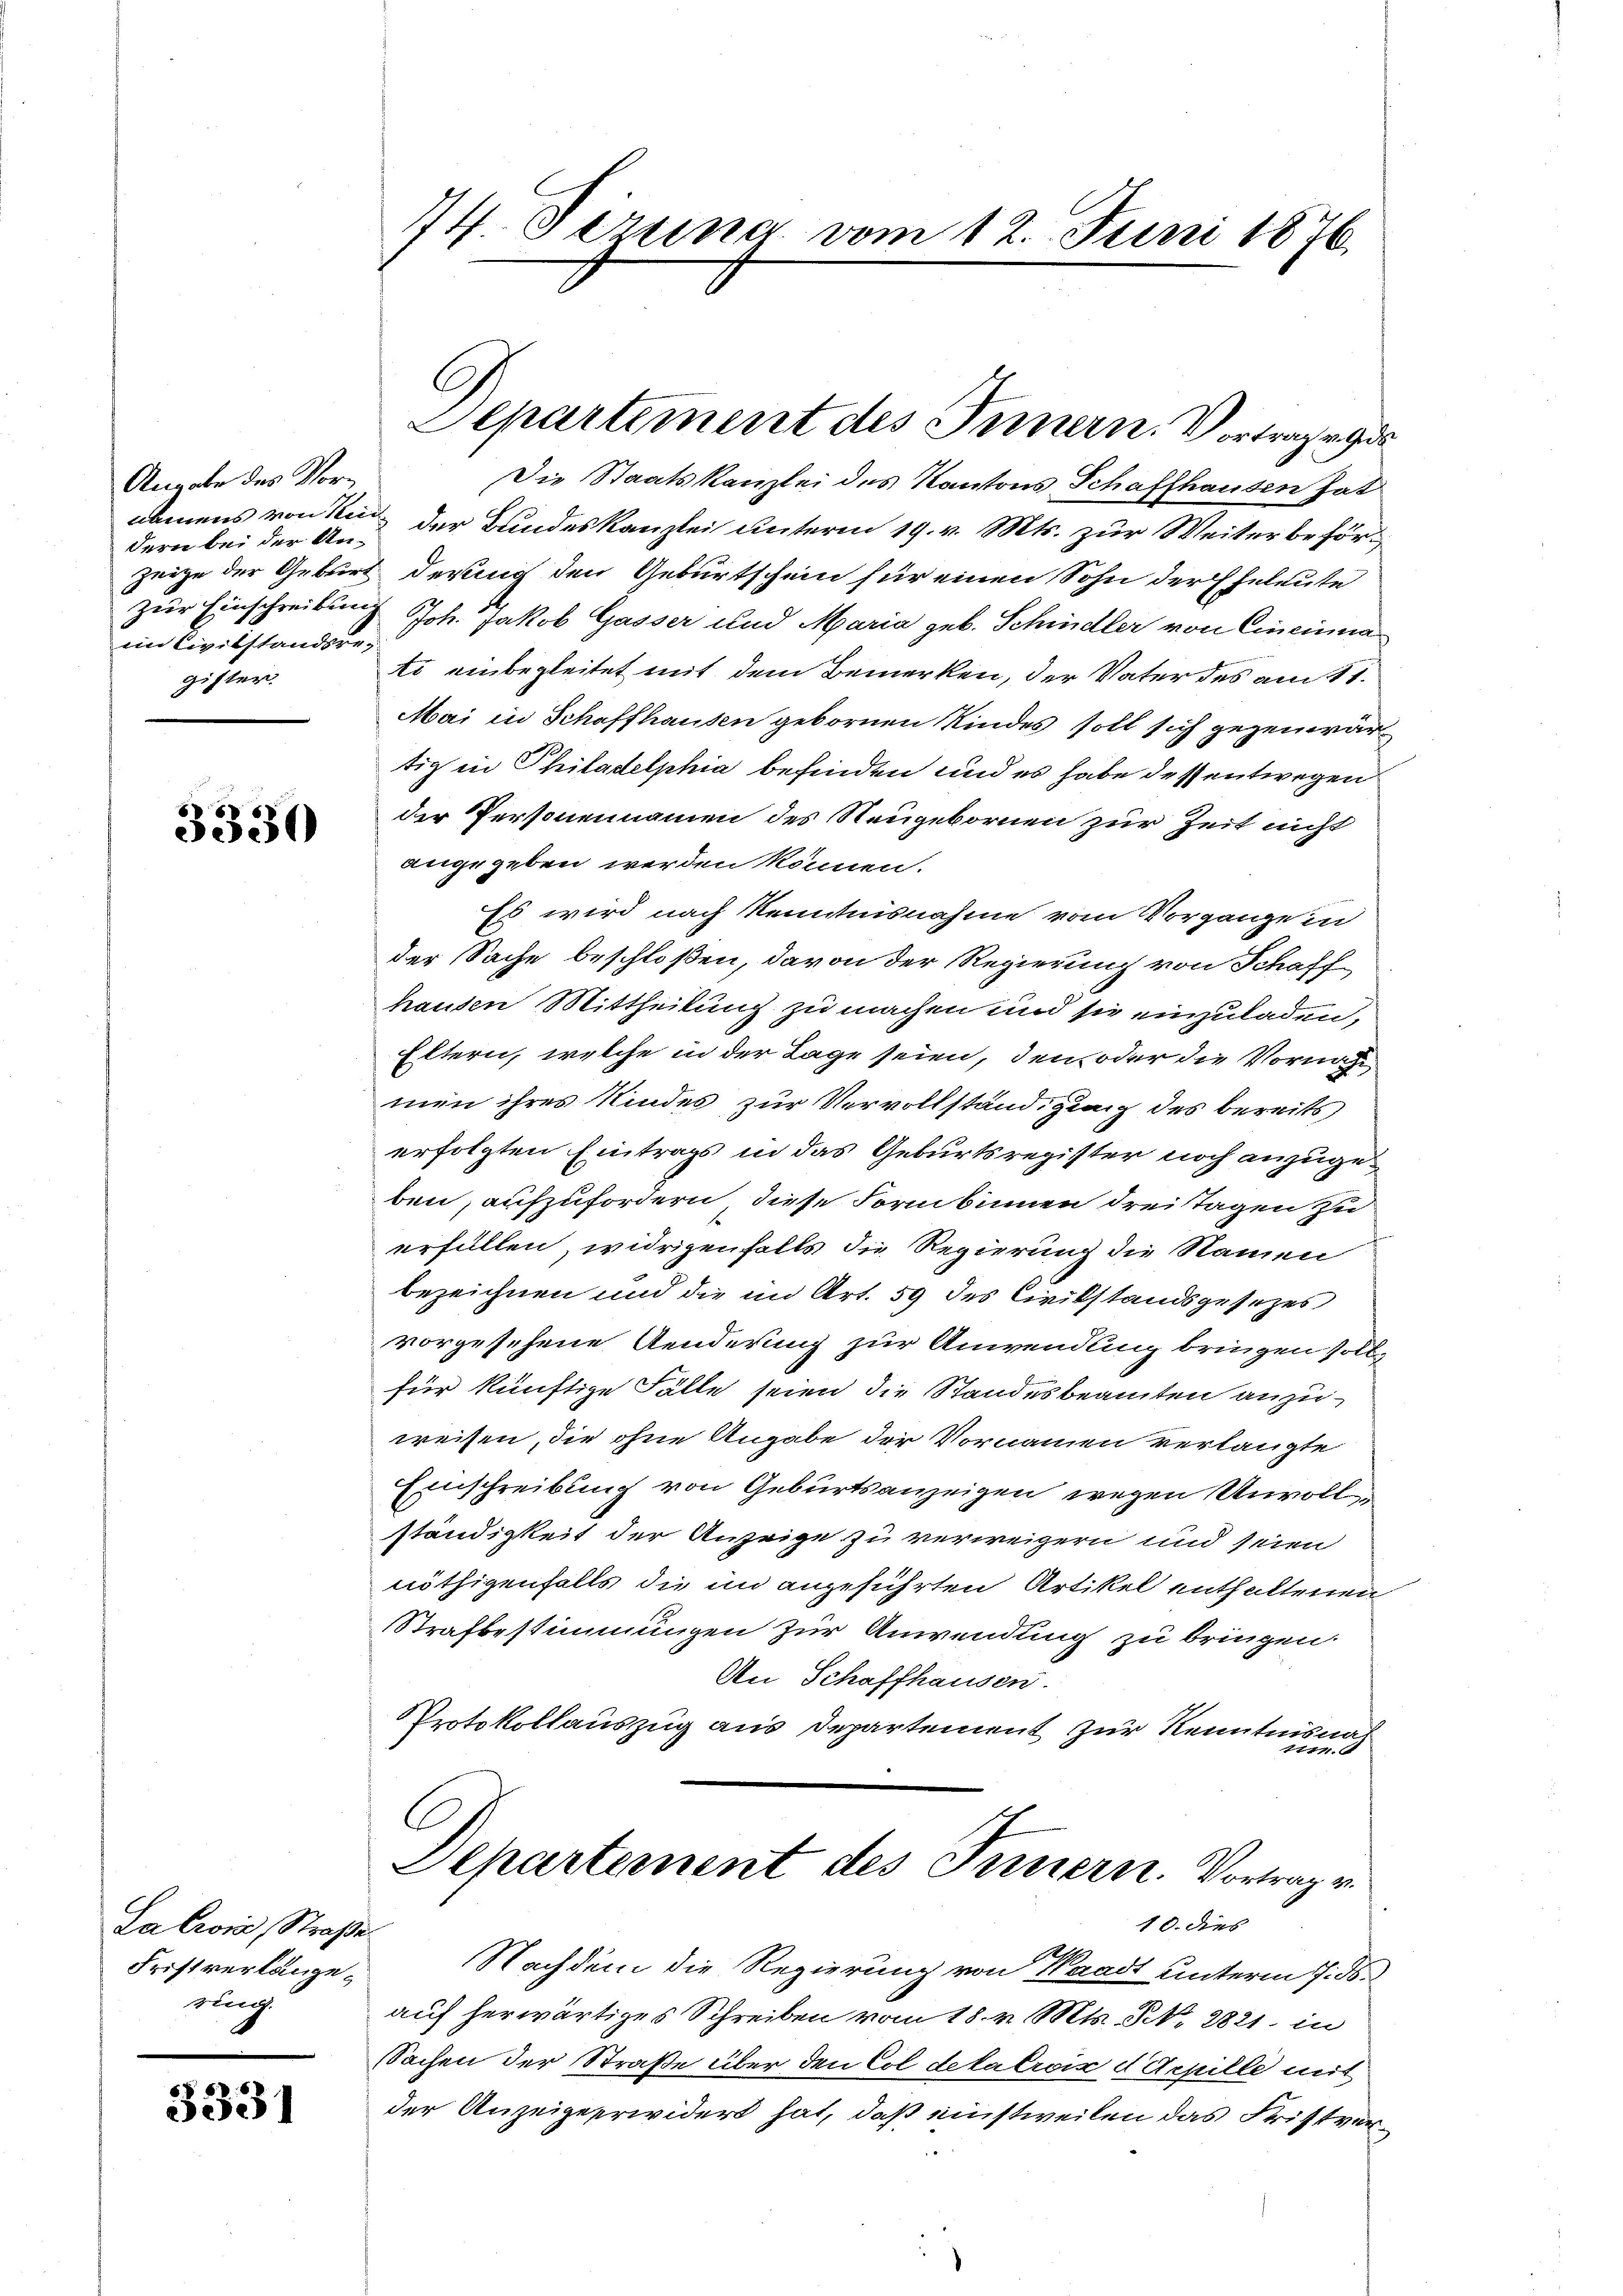
Angabe des Vordern bei der Unzeige der Geburt
Zur Einschreibung
ein Civilstandsregister.

3330

La lois Straße
Fristverlange
ring.

3331

14 Firung vom 12. Juni 1876.

Die Staatskanzlei des Kantons Schaffhausen hat
obenens von kan der Bundeskanzlei unterm 19. v. Mts. zur Weiter beförderung den Geburtschein für einen Sohn der Eheleute
Joh. Jakob Gasser und Maria geb. Schindler von Cincinna
ti einbegleitet mit dem Bemerken, der Vater des am 11.
Mai in Schaffhausen gebornen Kindes soll sich gegenwärtig in Philadelphia befinden und es habe dessentwegen
der Personennamen des Neugebornen zur Zeit nicht
angegeben werden können.
Es wird nach Kenntnisnahme vom Vorgange in
der Sache beschloßen, davon der Regierung von Schaff
hausen Mittheilung zu machen und sie einzuladen,
Eltern, welche in der Lage seien, den oder die Vornah
men ihres Kindes zur Vervollständigung des bereits
erfolgten Eintrags in das Geburtsregister noch anzugeben, aufzufordern, diese Form binnen drei Tagen zu
erfüllen, widrigenfalls die Regierung die Namen
bezeichnen und die im Art. 59 des Civilstandsgesezes
vorgesehene Aenderung zur Anwendung bringen soll
für künftige Fälle seien die Standesbeamten anzuweisen, die ohne Angabe der Vornamen verlangte
Einschreibung von Geburtsanzeigen wegen Unvollständigkeit der Anzeige zu verweigern und seien
nöthigenfalls die in angeführten Artikel enthaltenen
Strafbestimmungen zur Anwendung zu bringen.
An Schaffhausen.
PProtokollauszug aus Departement zur Kenntnisnamu
C
Departement des Innern. Vortrag v.
10. dies
1
Nachdem die Regierung von Waadt unterm 7. ds.
auf herwärtiges Schreiben vom 18. v. Mts. NNo. 2821 in
Sachen der Straße über den Col dekalroix d Arpille mit
der Anzeigeerwidert hat, daß einstweilen das Fristver¬

G
Separtement des Innern. Vortrage ges